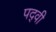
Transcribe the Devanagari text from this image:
पद्‍वी